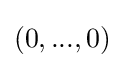
(0,...,0)